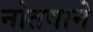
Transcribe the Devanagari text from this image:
नोतवाने